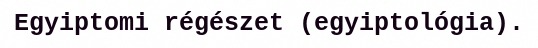
Egyiptomi régészet (egyiptológia).